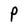
Character: P